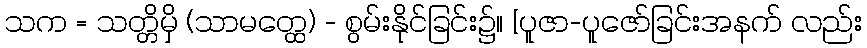
သက = သတ္တိမှိ (သာမတ္ထေ) - စွမ်းနိုင်ခြင်း၌။ [ပူဇာ-ပူဇော်ခြင်းအနက် လည်း